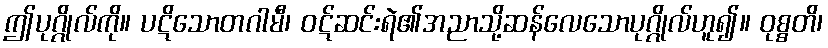
ဤပုဂ္ဂိုလ်ကို။ ပဋိသောတဂါမီ၊ ဝဋ်ဆင်းရဲ၏အညာသို့ဆန်လေသောပုဂ္ဂိုလ်ဟူ၍။ ဝုစ္စတိ၊